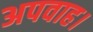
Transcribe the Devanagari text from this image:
अपवाह।